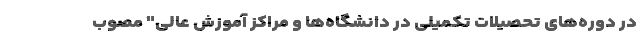
در دوره‌های تحصیلات تکمیلی در دانشگاه‌ها و مراکز آموزش عالی" مصوب